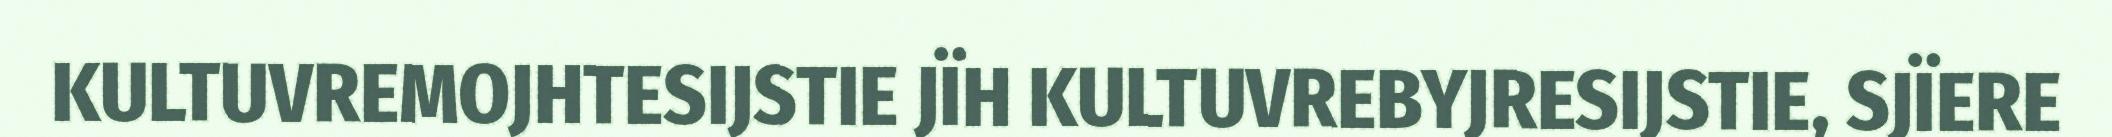
KULTUVREMOJHTESIJSTIE JÏH KULTUVREBYJRESIJSTIE, SJÏERE